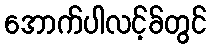
အောက်ပါလင့်ခ်တွင်